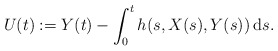
\begin{align*}U(t):=Y(t)-\int_{0}^{t}h(s,X(s),Y(s))\, \mathrm{d} s. \end{align*}